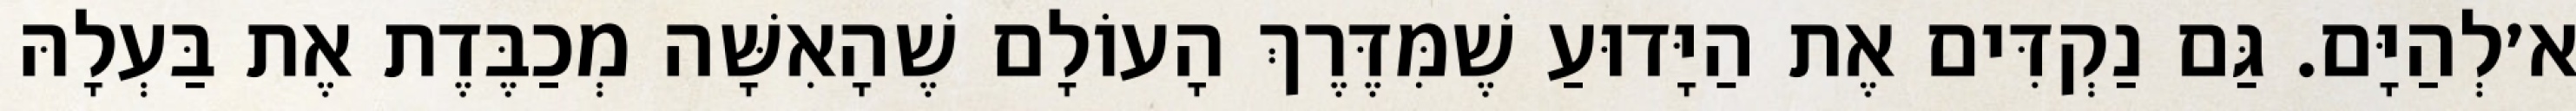
א׳לְהַיָּם. גַּם נַקְדִּים אֶת הַיָּדוּעַ שֶׁמִּדֶּרֶךְ הָעוֹלָם שֶׁהָאִשָּׁה מְכַבֶּדֶת אֶת בַּעְלָהּ